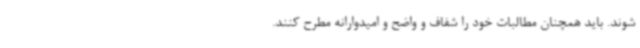
شوند. باید همچنان مطالبات خود را شفاف و واضح و امیدوارانه مطرح کنند.